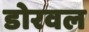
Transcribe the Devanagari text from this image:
डोरवल